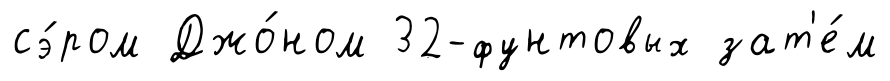
сэ́ром Джо́ном 32-фунтовых зат'е́м